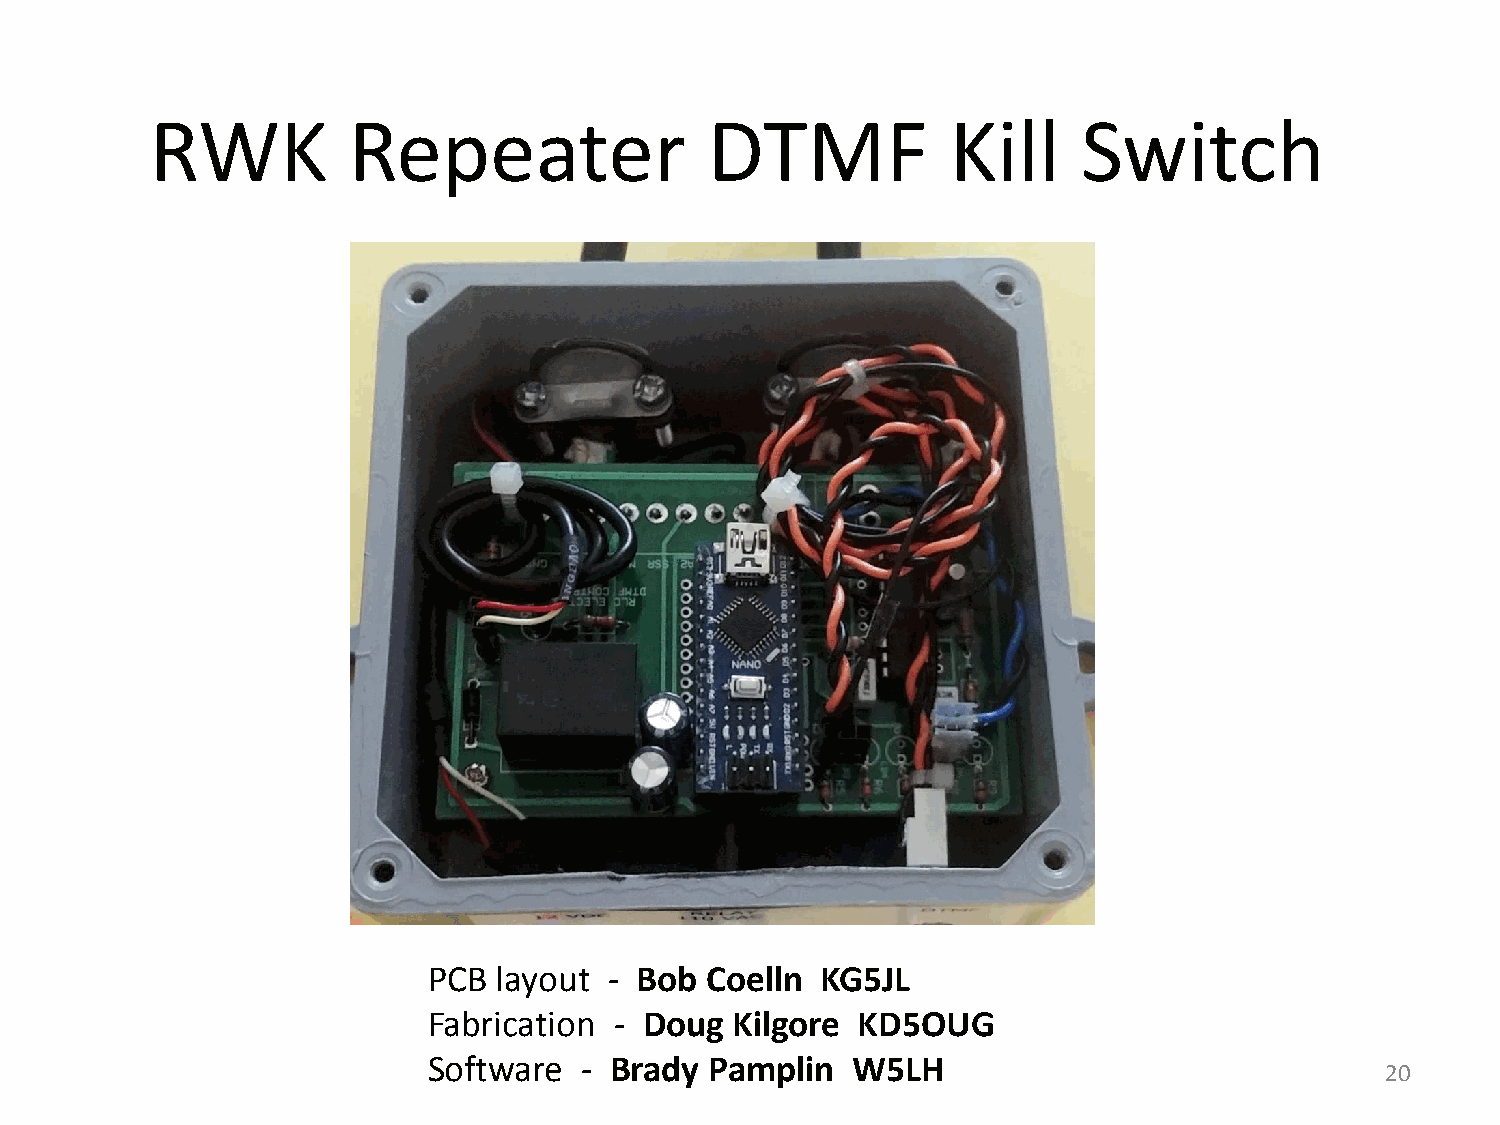
RWK          Repeater                DTMF            Kill     Switch
 PCB  layout - Bob  Coelln KG5JL
 Fabrication  - Doug  Kilgore KD5OUG
 Software  - Brady  Pamplin  W5LH
 20